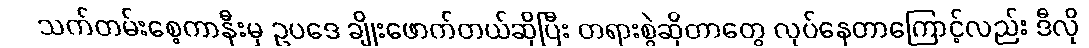
သက်တမ်းစေ့ကာနီးမှ ဥပဒေ ချိုးဖောက်တယ်ဆိုပြီး တရားစွဲဆိုတာတွေ လုပ်နေတာကြောင့်လည်း ဒီလို